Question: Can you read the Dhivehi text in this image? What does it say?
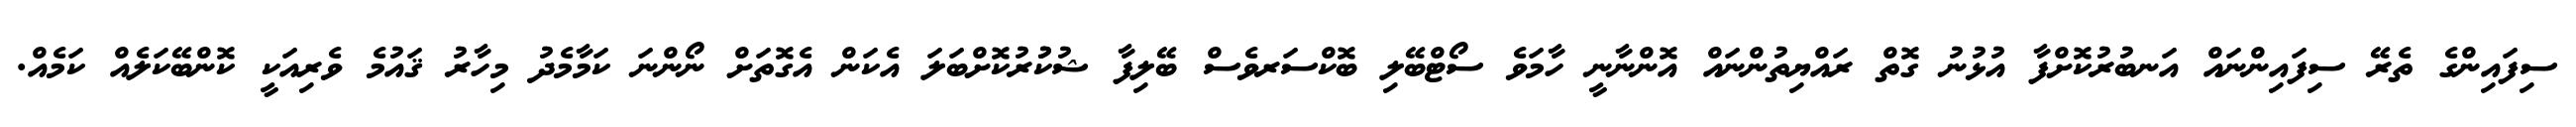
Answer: ސިފައިންގެ ތެރޭ ސިފައިންނައް އަނބުރުކޮށްފާ އުޅުނު ގޮތް ރައްޔިތުންނައް އޮންނާނީ ހާމަވެ ސޯޓްބޭލި ބޮކްސަރވެސް ބޭލިފާ ޝުކުުރުކޮށްބަލަ އެކަން އެގޮތަށް ނޯންނަ ކަމާމެދު މިހާރު ޤައުމެ ވެރިއަކީ ކޮންބޭކަލެއް ކަމެއް.